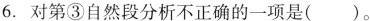
6. 对第③自然段分析不正确的一项是( )。